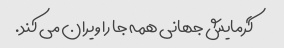
گرمایش جهانی همه جا را ویران می کند.